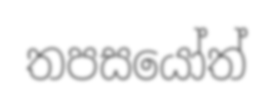
තපසයෝත්